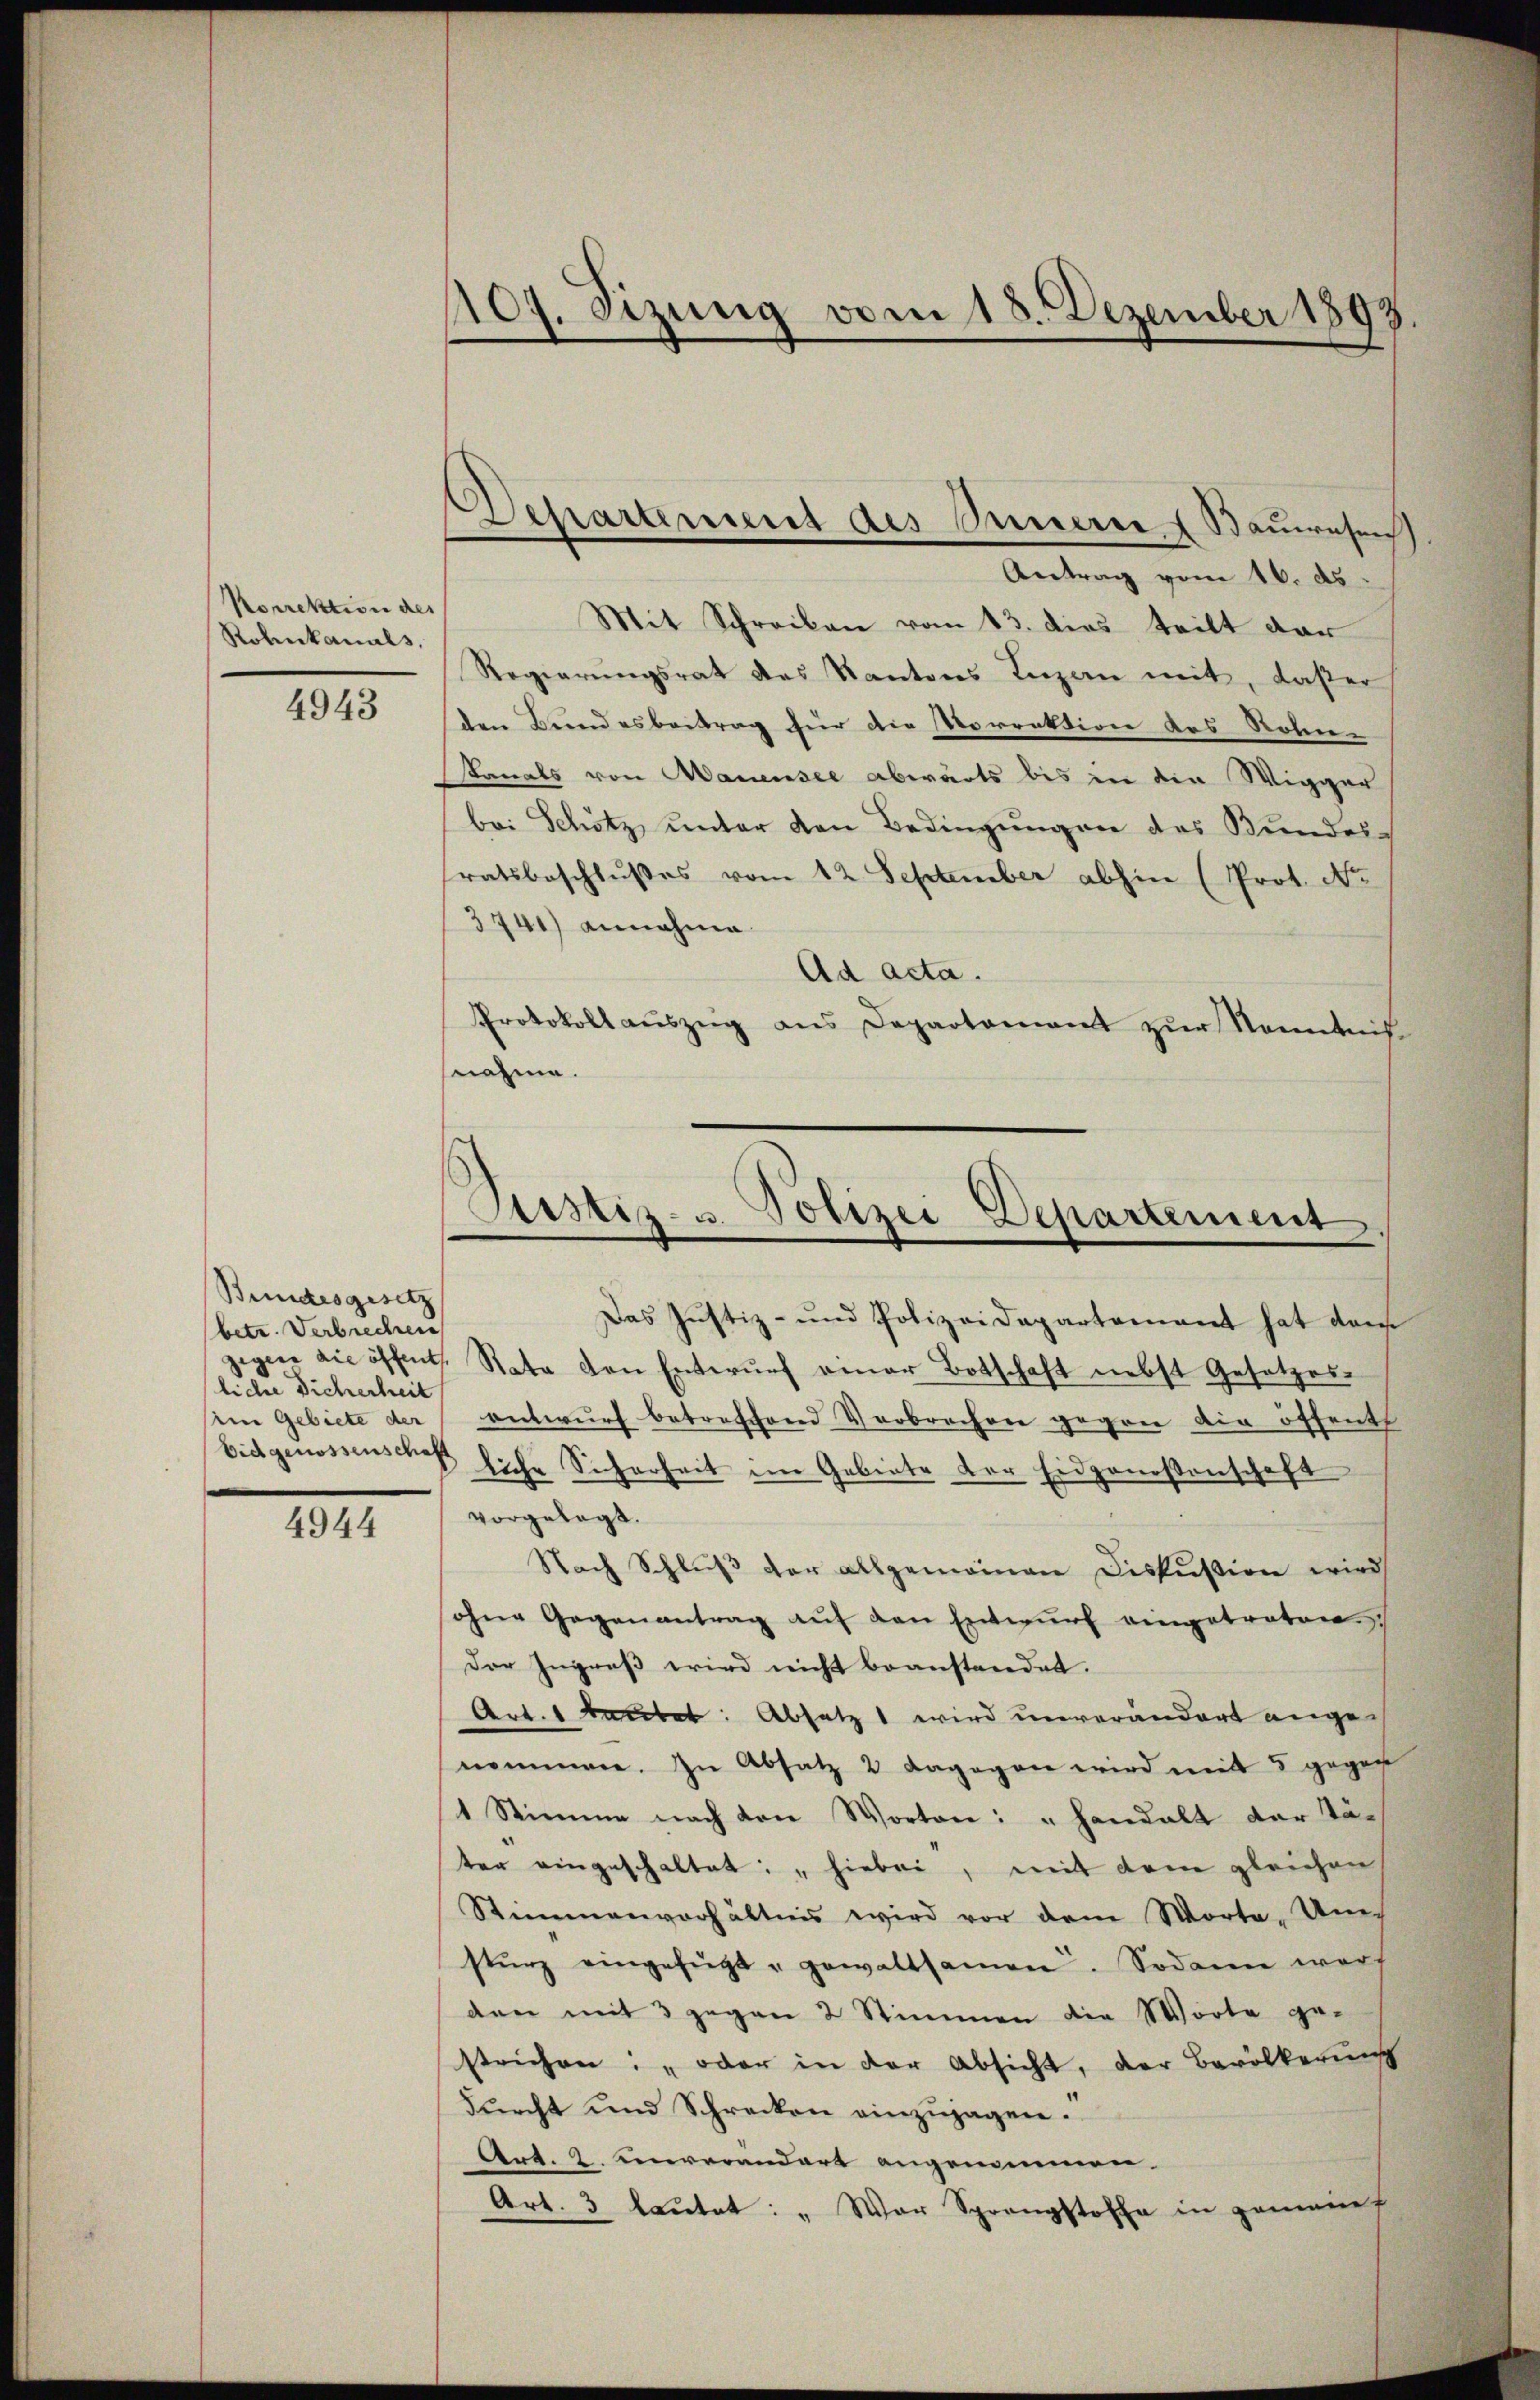
Norrektion des
Rolnkanals,

4943

Bundesgesetz
betr. Verbrechen
licher Dicherheit
in Gebiete der

4944

1407. Sizung vom 18. Dezember 1893.

Departement des Innerer I Bauwesen
Antrag vom 16. ds.

Mit Schreiben vom 13. dies teilt dar
Regierungsrat des Kantons Luzern mit, daßer
den Berndesbeitrag für die Vorrektion des Rohne
kanals von Manensee abwärts bis in die Wigger
bei Schötz, ŭnter den Bedingŭngen des Bundes-
ratsbeschlußes vom 12. September abhin (Prot. No
3741) annahme
Ad acta.
Protokoll aŭszŭg ans Departamant zŭr Kenntnis
snahme.

Pustiz- & Polizei-Departement

Das Justiz- und Polizeidepartamant hat dem
gegen die öffent. Rata den Entwŭrf einer Botschaft nebst Gesetzes-
entwurf betreffend Verbrechen gegen die öffenth
bidgenossenschaft siche Sicherheit im Gebiete der Eidgenossenschaft
vorgelegt.
Nach Schlŭβ der allgemeinen Diskussion wird
ohne Gegenantrag auf den Entwurf eingetreten
Der Ingreß wird nicht beanstandet.
Art. 1 Bautet: Absatz 1 wird unverändert angenommen. In Absatz 2 dagegen wird mit 5 gegen
1 Stimme nach den Worten: „Handalt der Täter eingeschaltet: "hiebei, mit dem gleichen
Stimmenverhältnis wird vor dem Worte. Unech
stŭrz eingefügt u gewaltsamen. Sodann warf
den mit 3 gegen 2 Stimmen die Worte gestrichen: „oder in der Absicht, der Bevölkerung
durcht und Schrecken einzujagen.
Art. 2. unverandart angenommen.
Art. 3 lautet: „War Sprangstoffe in gemeint